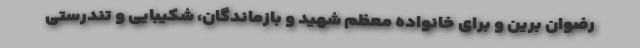
رضوان برین و برای خانواده معظم شهید و بازماندگان، شکیبایی و تندرستی